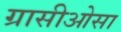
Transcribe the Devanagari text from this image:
ग्रासीओसा